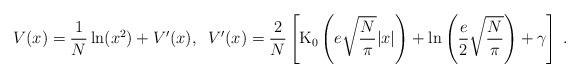
LaTeX: \begin{align*}V(x) = \frac{1}{N}\ln (x^2) + V^\prime(x) , \; \;V^\prime(x) = \frac{2}{N} \left[\mbox{K}_0\left(e\sqrt{\frac{N}{\pi}}|x|\right) +\ln\left(\frac{e}{2}\sqrt{\frac{N}{\pi}}\right) + \gamma \right] \; .\end{align*}